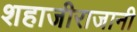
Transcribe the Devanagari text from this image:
शहाजीराजानी